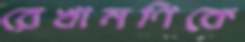
রেখামণিকে